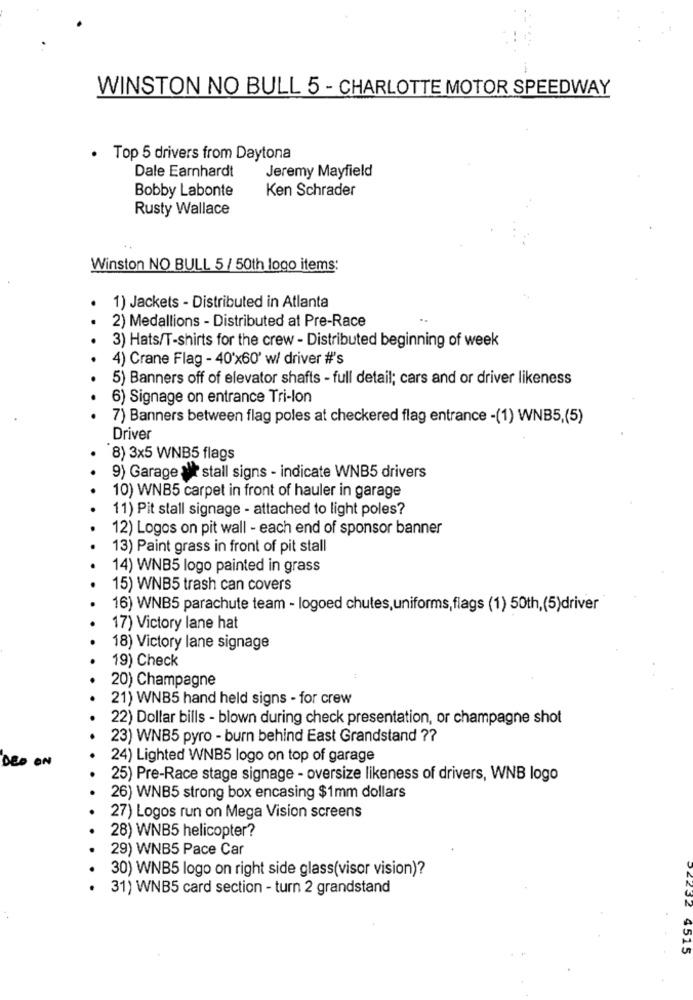
WINSTON NO BULL 5 - CHARLOTTE MOTOR SPEEDWAY
.
Top 5 drivers from Daytona
Dale Earnhardt
Jeremy Mayfield
Bobby Labonte
Ken Schrader
Rusty Wallace
Winston NO BULL 5 / 50th logo items:
1) Jackets - Distributed in Atlanta
2) Medallions - Distributed at Pre-Race
3) Hats/T-shirts for the crew - Distributed beginning of week
4) Crane Flag - 40'x60' w/ driver #'s
5) Banners off of elevator shafts - full detail; cars and or driver likeness
6) Signage on entrance Tri-lon
7) Banners between flag poles at checkered flag entrance -(1) WNB5,(5)
Driver
8) 3x5 WNB5 flags
9) Garage stall signs - indicate WNB5 drivers
10) WNB5 carpet in front of hauler in garage
11) Pit stall signage - attached to light poles?
12) Logos on pit wall - each end of sponsor banner
13) Paint grass in front of pit stall
14) WNB5 logo painted in grass
15) WNB5 trash can covers
16) WNB5 parachute team - logoed chutes,uniforms,flags (1) 50th,(5)driver
17) Victory lane hat
18) Victory lane signage
19) Check
20) Champagne
21) WNB5 hand held signs - for crew
22) Dollar bills - blown during check presentation, or champagne shot
23) WNB5 pyro - burn behind East Grandstand ??
DED ON
24) Lighted WNB5 logo on top of garage
25) Pre-Race stage signage - oversize likeness of drivers, WNB logo
26) WNB5 strong box encasing $1mm dollars
27) Logos run on Mega Vision screens
28) WNB5 helicopter?
29) WNB5 Pace Car
30) WNB5 logo on right side glass(visor vision)?
31) WNB5 card section - turn 2 grandstand
32
4515